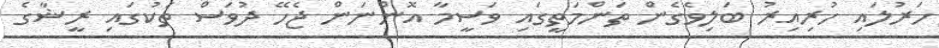
ހަރުލައި ހުރިއިރު ބަލިވެގެން ތަންމަތީީގައި ވަސީމާ އޮންނަން ޖެހޭ ދުވަސް ތަކުގައި ރީޝާގެ